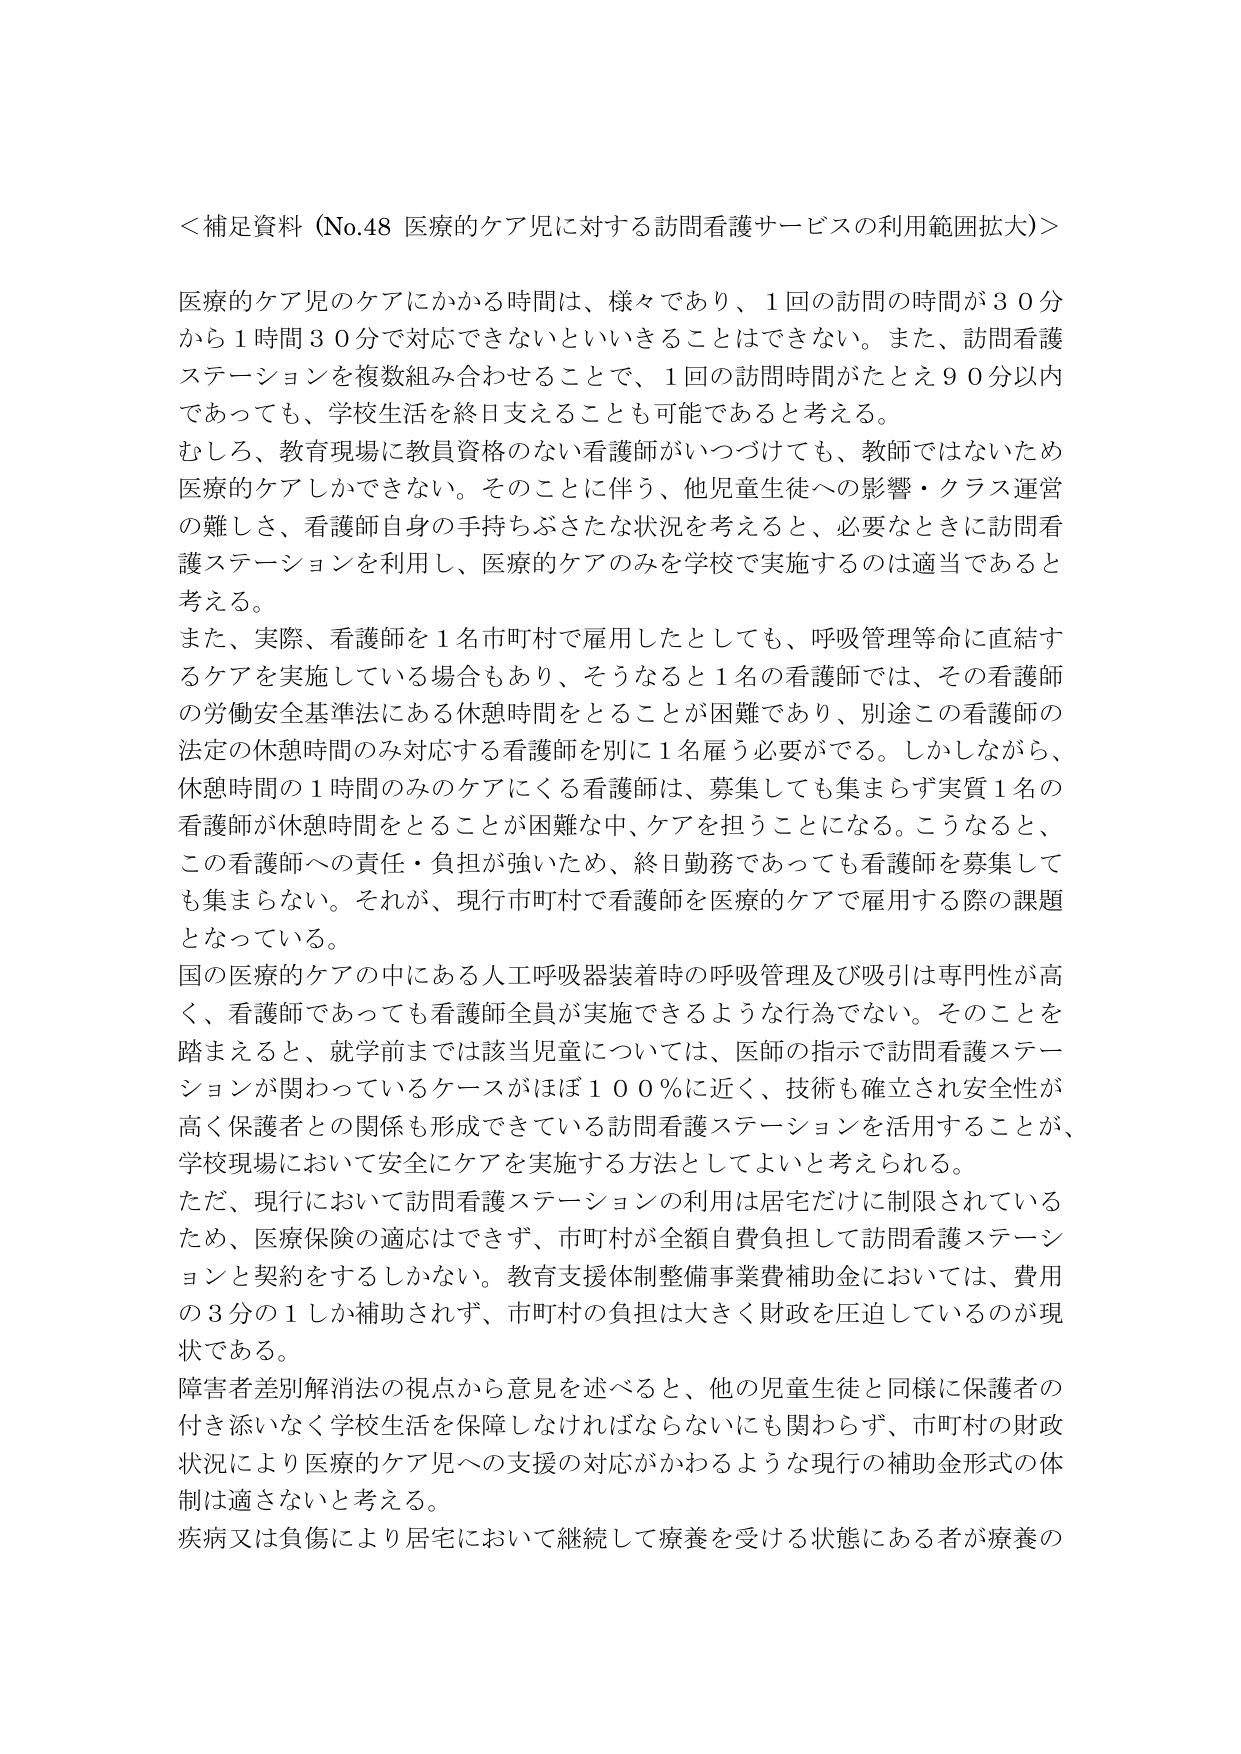
＜補足資料（No.48 医療的ケア児に対する訪問看護サービスの利用範囲拡大）＞

医療的ケア児のケアにかかる時間は、様々であり、1回の訪問の時間が30分から1時間30分で対応できないといいきることはできない。また、訪問看護ステーションを複数組み合わせることで、1回の訪問時間がたとえ90分以内であっても、学校生活を終日支えることも可能であると考える。

むしろ、教育現場に教員資格のない看護師がいつづけても、教師ではないため医療的ケアしかできない。そのことに伴う、他児童生徒への影響・クラス運営の難しさ、看護師自身の手持ちぶさたな状況を考えると、必要なときに訪問看護ステーションを利用し、医療的ケアのみを学校で実施するのは適当であると考える。

また、実際、看護師を1名市町村で雇用したとしても、呼吸管理等命に直結するケアを実施している場合もあり、そうなると1名の看護師では、その看護師の労働安全基準法にある休憩時間をとることが困難であり、別途この看護師の法定の休憩時間のみ対応する看護師を別に1名雇う必要がでる。しかしながら、休憩時間の1時間のみのケアにくる看護師は、募集しても集まらず実質1名の看護師が休憩時間をとることが困難な中、ケアを担うことになる。こうなると、この看護師への責任・負担が強いため、終日勤務であっても看護師を募集しても集まらない。それが、現行市町村で看護師を医療的ケアで雇用する際の課題となっている。

国の医療的ケアの中にある人工呼吸器装着時の呼吸管理及び吸引は専門性が高く、看護師であっても看護師全員が実施できるような行為でない。そのことを踏まえると、就学前までは該当児童については、医師の指示で訪問看護ステーションが関わっているケースがほぼ100％に近く、技術も確立され安全性が高く保護者との関係も形成できている訪問看護ステーションを活用することが、学校現場において安全にケアを実施する方法としてよいと考えられる。

ただ、現行において訪問看護ステーションの利用は居宅だけに制限されているため、医療保険の適応はできず、市町村が全額自費負担して訪問看護ステーションと契約をするしかない。教育支援体制整備事業費補助金においては、費用の3分の1しか補助されず、市町村の負担は大きく財政を圧迫しているのが現状である。

障害者差別解消法の視点から意見を述べると、他の児童生徒と同様に保護者の付き添いなく学校生活を保障しなければならないにも関わらず、市町村の財政状況により医療的ケア児への支援の対応がかかるような現行の補助金形式の体制は適さないと考える。

疾病又は負傷により居宅において継続して療養を受ける状態にある者が療養の